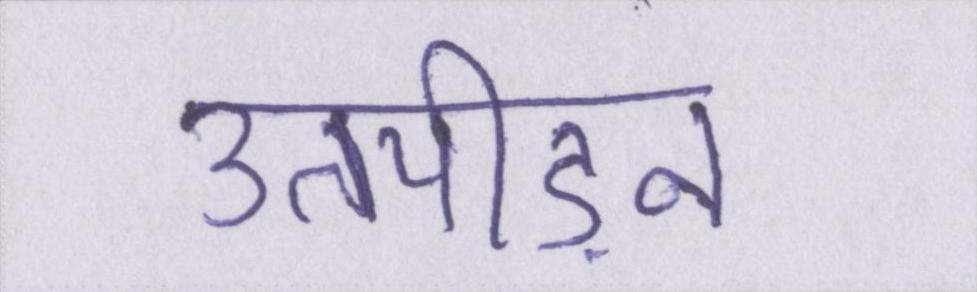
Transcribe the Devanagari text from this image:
उतपीड़न